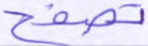
تصفح